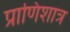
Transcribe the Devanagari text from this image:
प्राणिशात्र